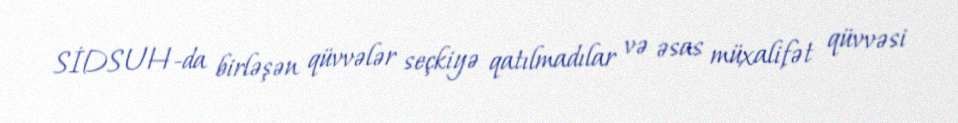
SİDSUH-da birləşən qüvvələr seçkiyə qatılmadılar və əsas müxalifət qüvvəsi